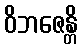
ဝိဘဇေန္တိ